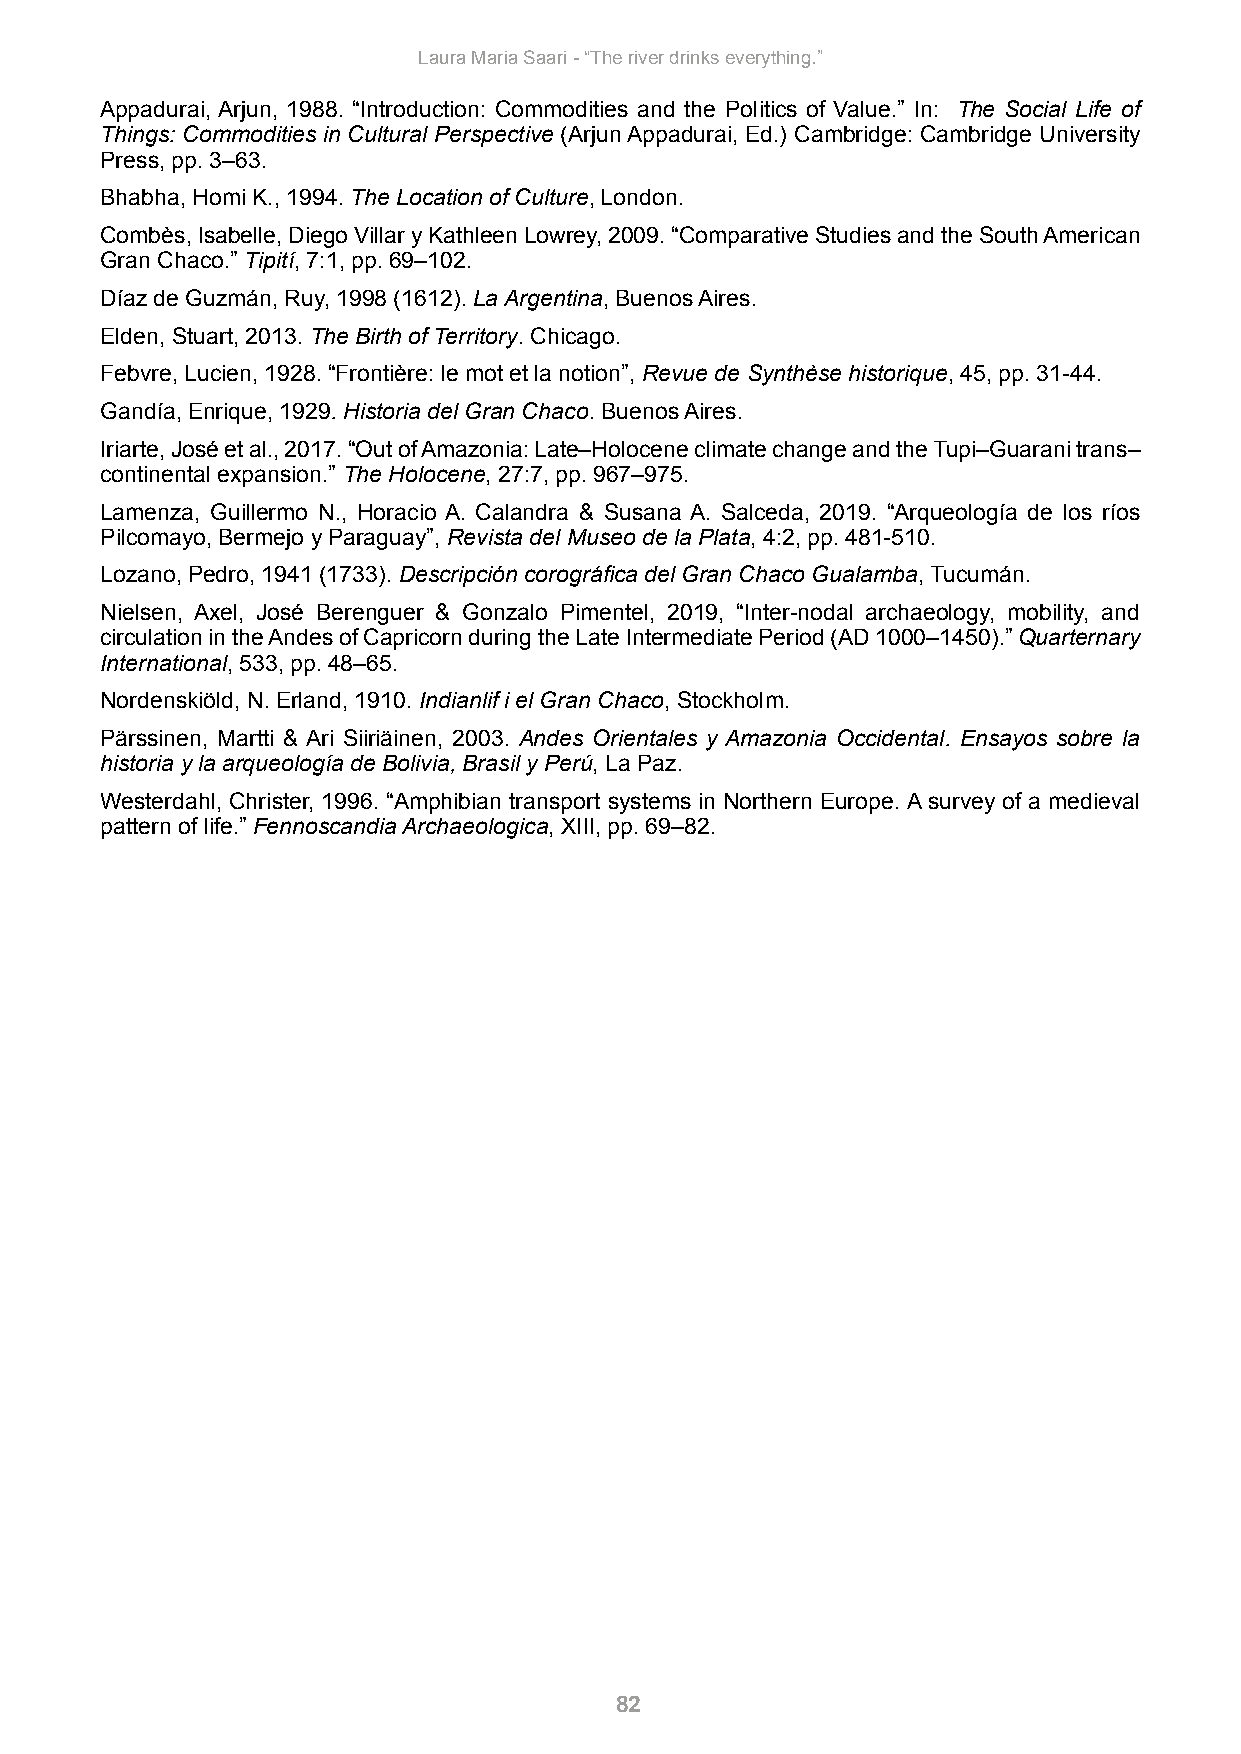
Laura Maria Saari - “The river drinks everything.”
 Appadurai, Arjun, 1988. “Introduction: Commodities and the Politics of Value.” In: The Social Life of
 Things: Commodities in Cultural Perspective (Arjun Appadurai, Ed.) Cambridge: Cambridge University
 Press, pp. 3–63.
 Bhabha, Homi K., 1994. The Location of Culture, London.
 Combès, Isabelle, Diego Villar y Kathleen Lowrey, 2009. “Comparative Studies and the South American
 Gran Chaco.” Tipití, 7:1, pp. 69–102.
 Díaz de Guzmán, Ruy, 1998 (1612). La Argentina, Buenos Aires.
 Elden, Stuart, 2013. The Birth of Territory. Chicago.
 Febvre, Lucien, 1928. “Frontière: le mot et la notion”, Revue de Synthèse historique, 45, pp. 31-44.
 Gandía, Enrique, 1929. Historia del Gran Chaco. Buenos Aires.
 Iriarte, José et al., 2017. “Out of Amazonia: Late–Holocene climate change and the Tupi–Guarani trans–
 continental expansion.” The Holocene, 27:7, pp. 967–975.
 Lamenza, Guillermo N., Horacio A. Calandra & Susana A. Salceda, 2019. “Arqueología de los ríos
 Pilcomayo, Bermejo y Paraguay”, Revista del Museo de la Plata, 4:2, pp. 481-510.
 Lozano, Pedro, 1941 (1733). Descripción corográfica del Gran Chaco Gualamba, Tucumán.
 Nielsen, Axel, José Berenguer & Gonzalo Pimentel, 2019, “Inter-nodal archaeology, mobility, and
 circulation in the Andes of Capricorn during the Late Intermediate Period (AD 1000–1450).” Quarternary
 International, 533, pp. 48–65.
 Nordenskiöld, N. Erland, 1910. Indianlif i el Gran Chaco, Stockholm.
 Pärssinen, Martti & Ari Siiriäinen, 2003. Andes Orientales y Amazonia Occidental. Ensayos sobre la
 historia y la arqueología de Bolivia, Brasil y Perú, La Paz.
 Westerdahl, Christer, 1996. “Amphibian transport systems in Northern Europe. A survey of a medieval
 pattern of life.” Fennoscandia Archaeologica, XIII, pp. 69–82.
 82